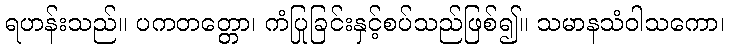
ရဟန်းသည်။ ပကတတ္တော၊ ကံပြုခြင်းနှင့်စပ်သည်ဖြစ်၍။ သမာနသံဝါသကော၊